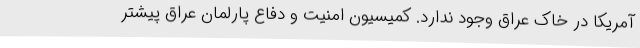
آمریکا در خاک عراق وجود ندارد. کمیسیون امنیت و دفاع پارلمان عراق پیشتر